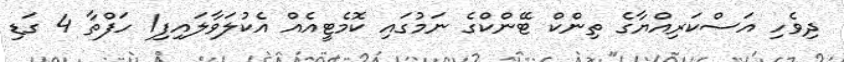
ދިވެހި އަސްކަރިއްޔާގެ ތިންކް ޓޭންކްގެ ނަމުގައި ކޮމެޓީއެއް އެކުލަވާލައިފި1 ހަފްތާ 4 ގަޑި